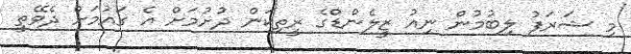
މި ޝަރަފު ލިބުމުން ނިއު ޒީލެންޑްގެ ރީތިކަން ދުށުމަށް އެ ގައުމަށް ދެވޭތީ